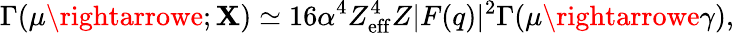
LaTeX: \Gamma(\mu\rightarrowe;\mathbf{X})\simeq16\alpha^{4}Z_{\mathrm{{eff}}}^{4}Z|F(q)|^{2}\Gamma(\mu\rightarrowe\gamma),